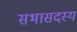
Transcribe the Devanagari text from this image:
सभासदस्य